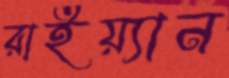
রাইয়্যান